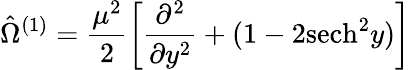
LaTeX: \hat{\Omega}^{(1)}=\frac{\mu^{2}}{2}\left[\frac{\partial^{2}}{\partial y^{2}}+(1-2\mathrm{sech}^{2}y)\right]